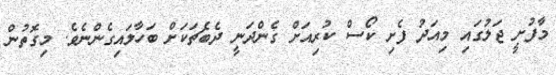
މާފުށީ ޖަލުގައި މިއަދު ފެށި ކޯސް ކުރިއަށް ގެންދަނީ ދެބެޗަކަށް ބަހާލައިގެންނެވެ. މިގޮތުން